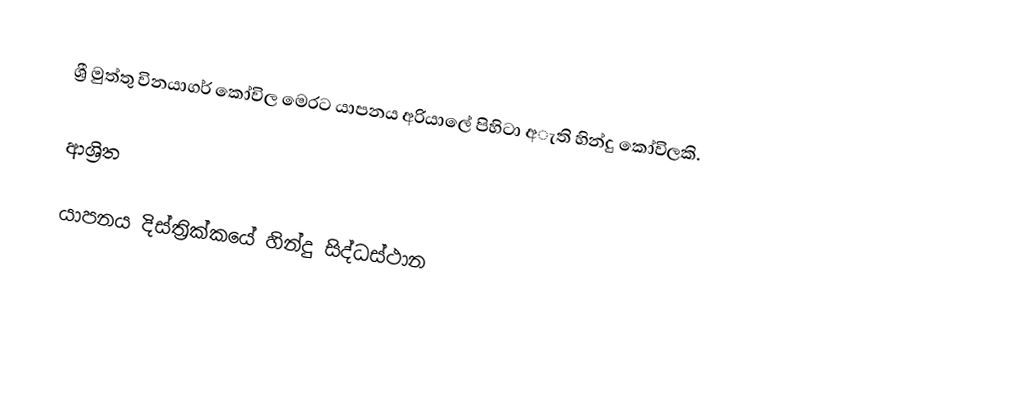
ශ්‍රී මුත්තු විනයාගර් කෝවිල මෙරට යාපනය අරියාලේ පිහිටා අැති හින්දු කෝවිලකි.

ආශ්‍රිත

යාපනය දිස්ත්‍රික්කයේ හින්දු සිද්ධස්ථාන